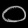
Digit: ၀